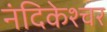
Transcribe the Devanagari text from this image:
नंदिकेश्चर